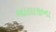
બાલાજીના